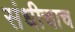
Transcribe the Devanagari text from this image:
संधीचाच